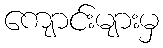
ကျောင်းများမှ